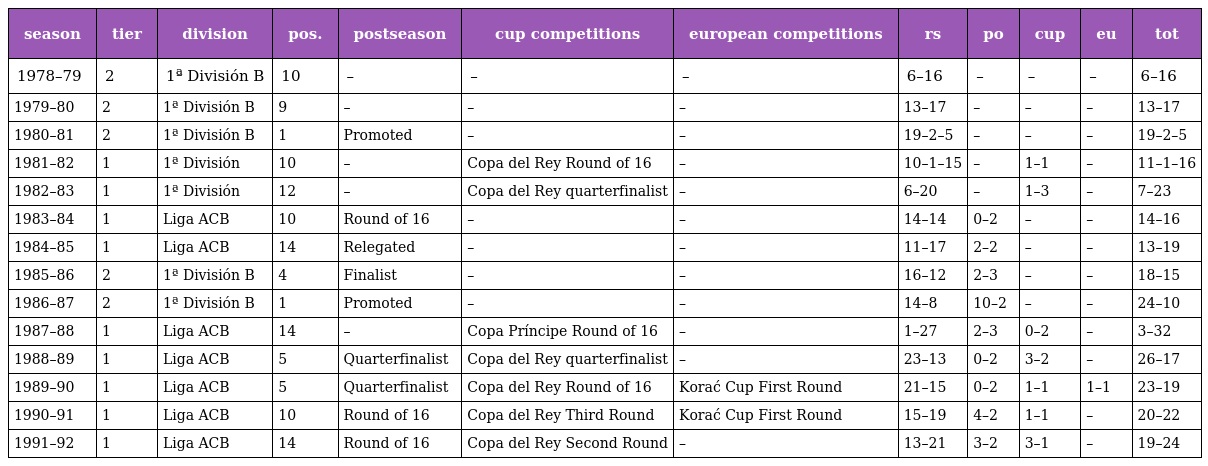
| season | tier | division | pos. | postseason | cup competitions | european competitions | rs | po | cup | eu | tot |
 | --- | --- | --- | --- | --- | --- | --- | --- | --- | --- | --- | --- |
 | 1978–79 | 2 | 1ª División B | 10 | – | – | – | 6–16 | – | – | – | 6–16 |
 | 1979–80 | 2 | 1ª División B | 9 | – | – | – | 13–17 | – | – | – | 13–17 |
 | 1980–81 | 2 | 1ª División B | 1 | Promoted | – | – | 19–2–5 | – | – | – | 19–2–5 |
 | 1981–82 | 1 | 1ª División | 10 | – | Copa del Rey Round of 16 | – | 10–1–15 | – | 1–1 | – | 11–1–16 |
 | 1982–83 | 1 | 1ª División | 12 | – | Copa del Rey quarterfinalist | – | 6–20 | – | 1–3 | – | 7–23 |
 | 1983–84 | 1 | Liga ACB | 10 | Round of 16 | – | – | 14–14 | 0–2 | – | – | 14–16 |
 | 1984–85 | 1 | Liga ACB | 14 | Relegated | – | – | 11–17 | 2–2 | – | – | 13–19 |
 | 1985–86 | 2 | 1ª División B | 4 | Finalist | – | – | 16–12 | 2–3 | – | – | 18–15 |
 | 1986–87 | 2 | 1ª División B | 1 | Promoted | – | – | 14–8 | 10–2 | – | – | 24–10 |
 | 1987–88 | 1 | Liga ACB | 14 | – | Copa Príncipe Round of 16 | – | 1–27 | 2–3 | 0–2 | – | 3–32 |
 | 1988–89 | 1 | Liga ACB | 5 | Quarterfinalist | Copa del Rey quarterfinalist | – | 23–13 | 0–2 | 3–2 | – | 26–17 |
 | 1989–90 | 1 | Liga ACB | 5 | Quarterfinalist | Copa del Rey Round of 16 | Korać Cup First Round | 21–15 | 0–2 | 1–1 | 1–1 | 23–19 |
 | 1990–91 | 1 | Liga ACB | 10 | Round of 16 | Copa del Rey Third Round | Korać Cup First Round | 15–19 | 4–2 | 1–1 | – | 20–22 |
 | 1991–92 | 1 | Liga ACB | 14 | Round of 16 | Copa del Rey Second Round | – | 13–21 | 3–2 | 3–1 | – | 19–24 |